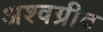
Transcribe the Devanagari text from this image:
अश्वग्रीव